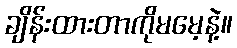
ချိန်းထားတာကိုမမေ့နဲ့။